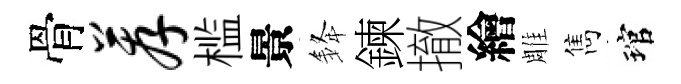
骨荐槛景𨦟鍊撤繪雕雋琯